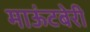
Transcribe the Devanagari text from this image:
माऊंटबेरी